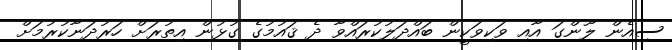
ސިއެން ލޫންގަ އާއި ވަކިވަކީން ބައްދަލުކުރައްވާ ދެ ޤައުމުގެ ގުޅުން އިތުރަށް ހަރުދަނާކުރުމަށް